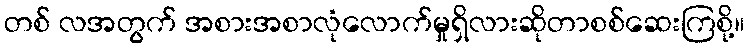
တစ် လအတွက် အစားအစာလုံလောက်မှုရှိလားဆိုတာစစ်ဆေးကြစို့။